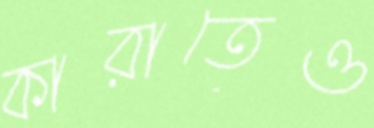
কারাতেও